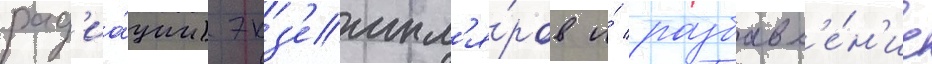
рад'иа́ции) экз'емпл'я́ров и́ разбавл'е́н'ие